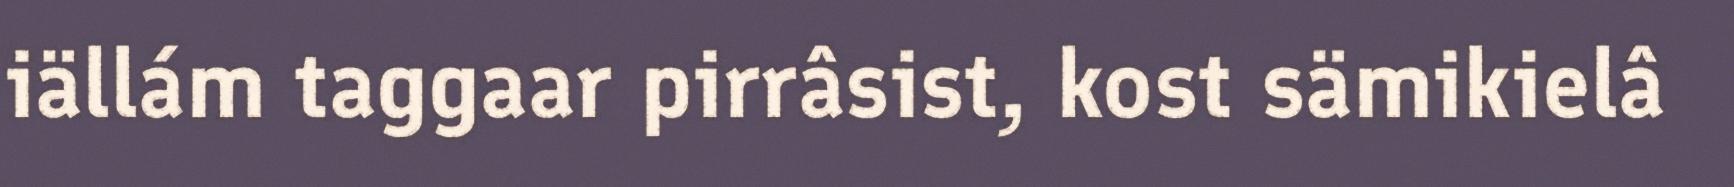
iällám taggaar pirrâsist, kost sämikielâ